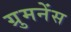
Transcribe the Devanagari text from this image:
ग्रुमनेंस